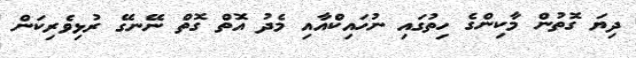
ދިޔަ ގޮތުން މާކިންގެ ހިތުގައި ނުހައިކްއާއި މެދު އޮތް ގޮތް ނޭނގޭ ރުޅިވެރިކަން